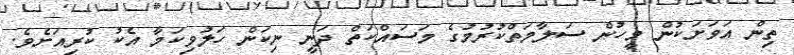
ތިން އަވަށަކުން މީހުން ސަލާމަތްކުރުމުގެ މަސައްކަތް ދަނީ ނިކަން ހަލުވިކަމާ އެކު ކުރިއަށެވެ.